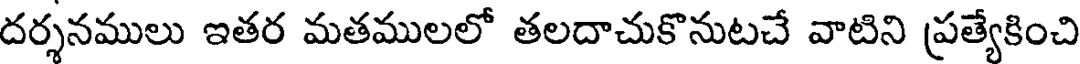
దర్శనములు ఇతర మతములలో తలదాచుకొనుటచే వాటిని ప్రత్యేకించి